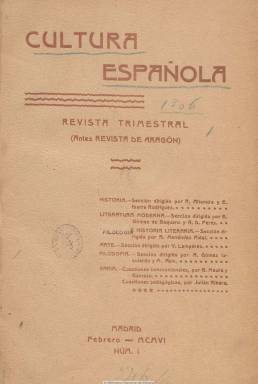
Título: Cultura española
Colección: Cultura
Ámbito geográfico: Zaragoza
Lugar de publicación: Madrid
Fechas: 01/02/1906-30/11/1909

Revista trimestral (antes Revista de Aragón), tal como se indica en cada uno de sus números bajo la cabecera, es continuación de la mensual que se publicó en Zaragoza entre 1900 y 1905, fundada y codirigida por los catedráticos Julián Ribera y Tarragó (1858-1934) y Eduardo Ibarra y Rodríguez (1866-1944), que a partir de febrero de 1906 empieza a editarse e imprimirse en Madrid con este título, una vez que Ribera –patriarca del arabismo español- pasa a la Universidad Central mientras que Ibarra permanecerá otra década más en la de la capital aragonesa, y que aparecerán ahora como “gerentes” de la publicación. Es considerada una publicación que emanó de una conjunción del espíritu reformista universitario y del regeneracionismo liberal-conservador españoles de principios del siglo veinte, lo que se considera como una derecha civilizada, dialogante y tolerante, tal como viene a señalar María-Dolores Albiac en el estudio que hizo de la revista y publicó en 1985.

Como revista universitaria con vocación investigadora y responsabilidad ética e independencia de criterio de sus colaboradores, está catalogada como de un alto rigor científico y como continuadora en calidad tanto de su antecesora como también de la Revista crítica de historia y literaturas españolas, portuguesas y americanas (1895-1902), nutriendo sus páginas con los trabajos de los principales colaboradores procedentes de ellas, además de incorporar a otros nuevos. Mantuvo también una estructura formal similar a la de sus predecesoras.

En el artículo de presentación se indicará que las secciones en las que se divide la publicación -completamente desligada de todo compromiso de partido y de todo exclusivismo de escuela y con independencia de criterio, se afirma-, serán autónomas, correspondiendo a sus respectivos directores la responsabilidad de cada una de ellas, aunque manteniendo la publicación una unidad.

La de Historia la dirigen los catedráticos Rafael Altamira (1866-1951) y Eduardo Ibarra Rodríguez (1866-1944), maurista este, que permanecerá en la universidad zaragozana. La de Literatura moderna está codirigida por Ramón Domingo Perés (1863-1956) y Eduardo Gómez de Baquero (1866-1929), conocido por su seudónimo Andrenio. En ella insertará sus críticas teatrales el sociólogo demócrata cristiano Severino Aznar (1870-1959).

La sección de Filología e Historia literaria la dirige el catedrático Ramón Menéndez Pidal (1869-1968), maestro de los filólogos españoles y referente de la filología europea, a quien se sumará la filóloga, medievalista e hispanista alemana Carolina Michaëlis de Vasconcelos (1851-1925). La de Arte estará a cargo del catedrático de Arquitectura Vicente Lampérez y Romea (1861-1923), junto al catedrático de Historia del arte y también maurista Elías Tormo y Monzó (1869-1957).

Varia se denomina la última de sus secciones, subdivida en Cuestiones internacionales, a cargo del hijo del líder liberal-conservador Antonio Maura (1853-1925), el abogado y escritor Gabriel Maura Gamazo (1879-1963); y Cuestiones pedagógicas, responsabilidad del citado Ribera. Su entrega número 13 cuenta, sin embargo, con una subsección bajo el epígrafe Cuestiones militares, responsabilidad de su colaborador e historiador José Ibáñez Marín (1868-1909), y otra titulada Cuestiones bibliográficas, por Juan M. Sánchez.

En cada entrega, cada sección empieza con el artículo de investigación correspondiente y el resto de la misma está dedicado a la reseña y crítica de libros (Notas bibliográficas y Libros recientes) y de publicaciones periódicas (Revista de revistas). La de Historia cuenta también con un epígrafe titulado Noticias, que en la de Literatura moderna se denomina Mosaico, en donde se da cuenta de la vida cultural tanto nacional como extranjera, siendo una especie de notas de la comunidad intelectual, con anuncios de adquisiciones y exposiciones de bibliotecas y ateneos, sobre conferencias, programas de cursos universitarios, creación de sociedades culturales, etc.

La revista dedicará especial atención a la cultura de las regiones españolas, y muy especialmente a la catalana, así como a la portuguesa e hispanoamericana, como también al ámbito arqueológico. Asimismo, inserta algunos fotograbados y dibujos en texto y láminas fuera de texto.

Entre sus principales colaboradores se encuentran también el catedrático de Árabe y discípulo de Ribera, Miguel Asín Palacios (1871-1944), y Alberto Gómez Izquierdo (1870-1930), que escribirá textos sobre filosofía, ambos sacerdotes alejados del catolicismo integrista;  Francisco Codera (que escribirá sobre historia árabe); E. de Molins (arqueología general y especialmente catalana); Antonio Vives (numismática española y arqueología árabe) o Luis Tramoyeres Blasco. Y en su larga nómina de firmas aparecen, entre otras, la de Mariano de Pano (1847-1948), la del crítico José Valenzuela La Rosa o las de Francisco Aznar Navarro o Marcelino Menéndez Pelayo.

La paginación de la revista es continuada, con un total de 962 páginas. El 16 es el último número editado, correspondiente a noviembre de 1909. Desapareció por falta de financiación. Cada entrega cuenta con un sumario propio, y la última inserta, al final, un índice general ordenado alfabéticamente por autores de los 25 tomos que integran tanto la colección de Revista de Aragón como la de Cultura española.